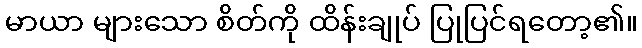
မာယာ များသော စိတ်ကို ထိန်းချုပ် ပြုပြင်ရတော့၏။